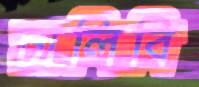
চালিবি